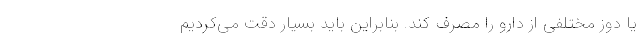
یا دوز مختلفی از دارو را مصرف کند. بنابراین باید بسیار دقت می‌کردیم